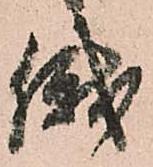
俄